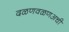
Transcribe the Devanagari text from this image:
दळणवळणअची